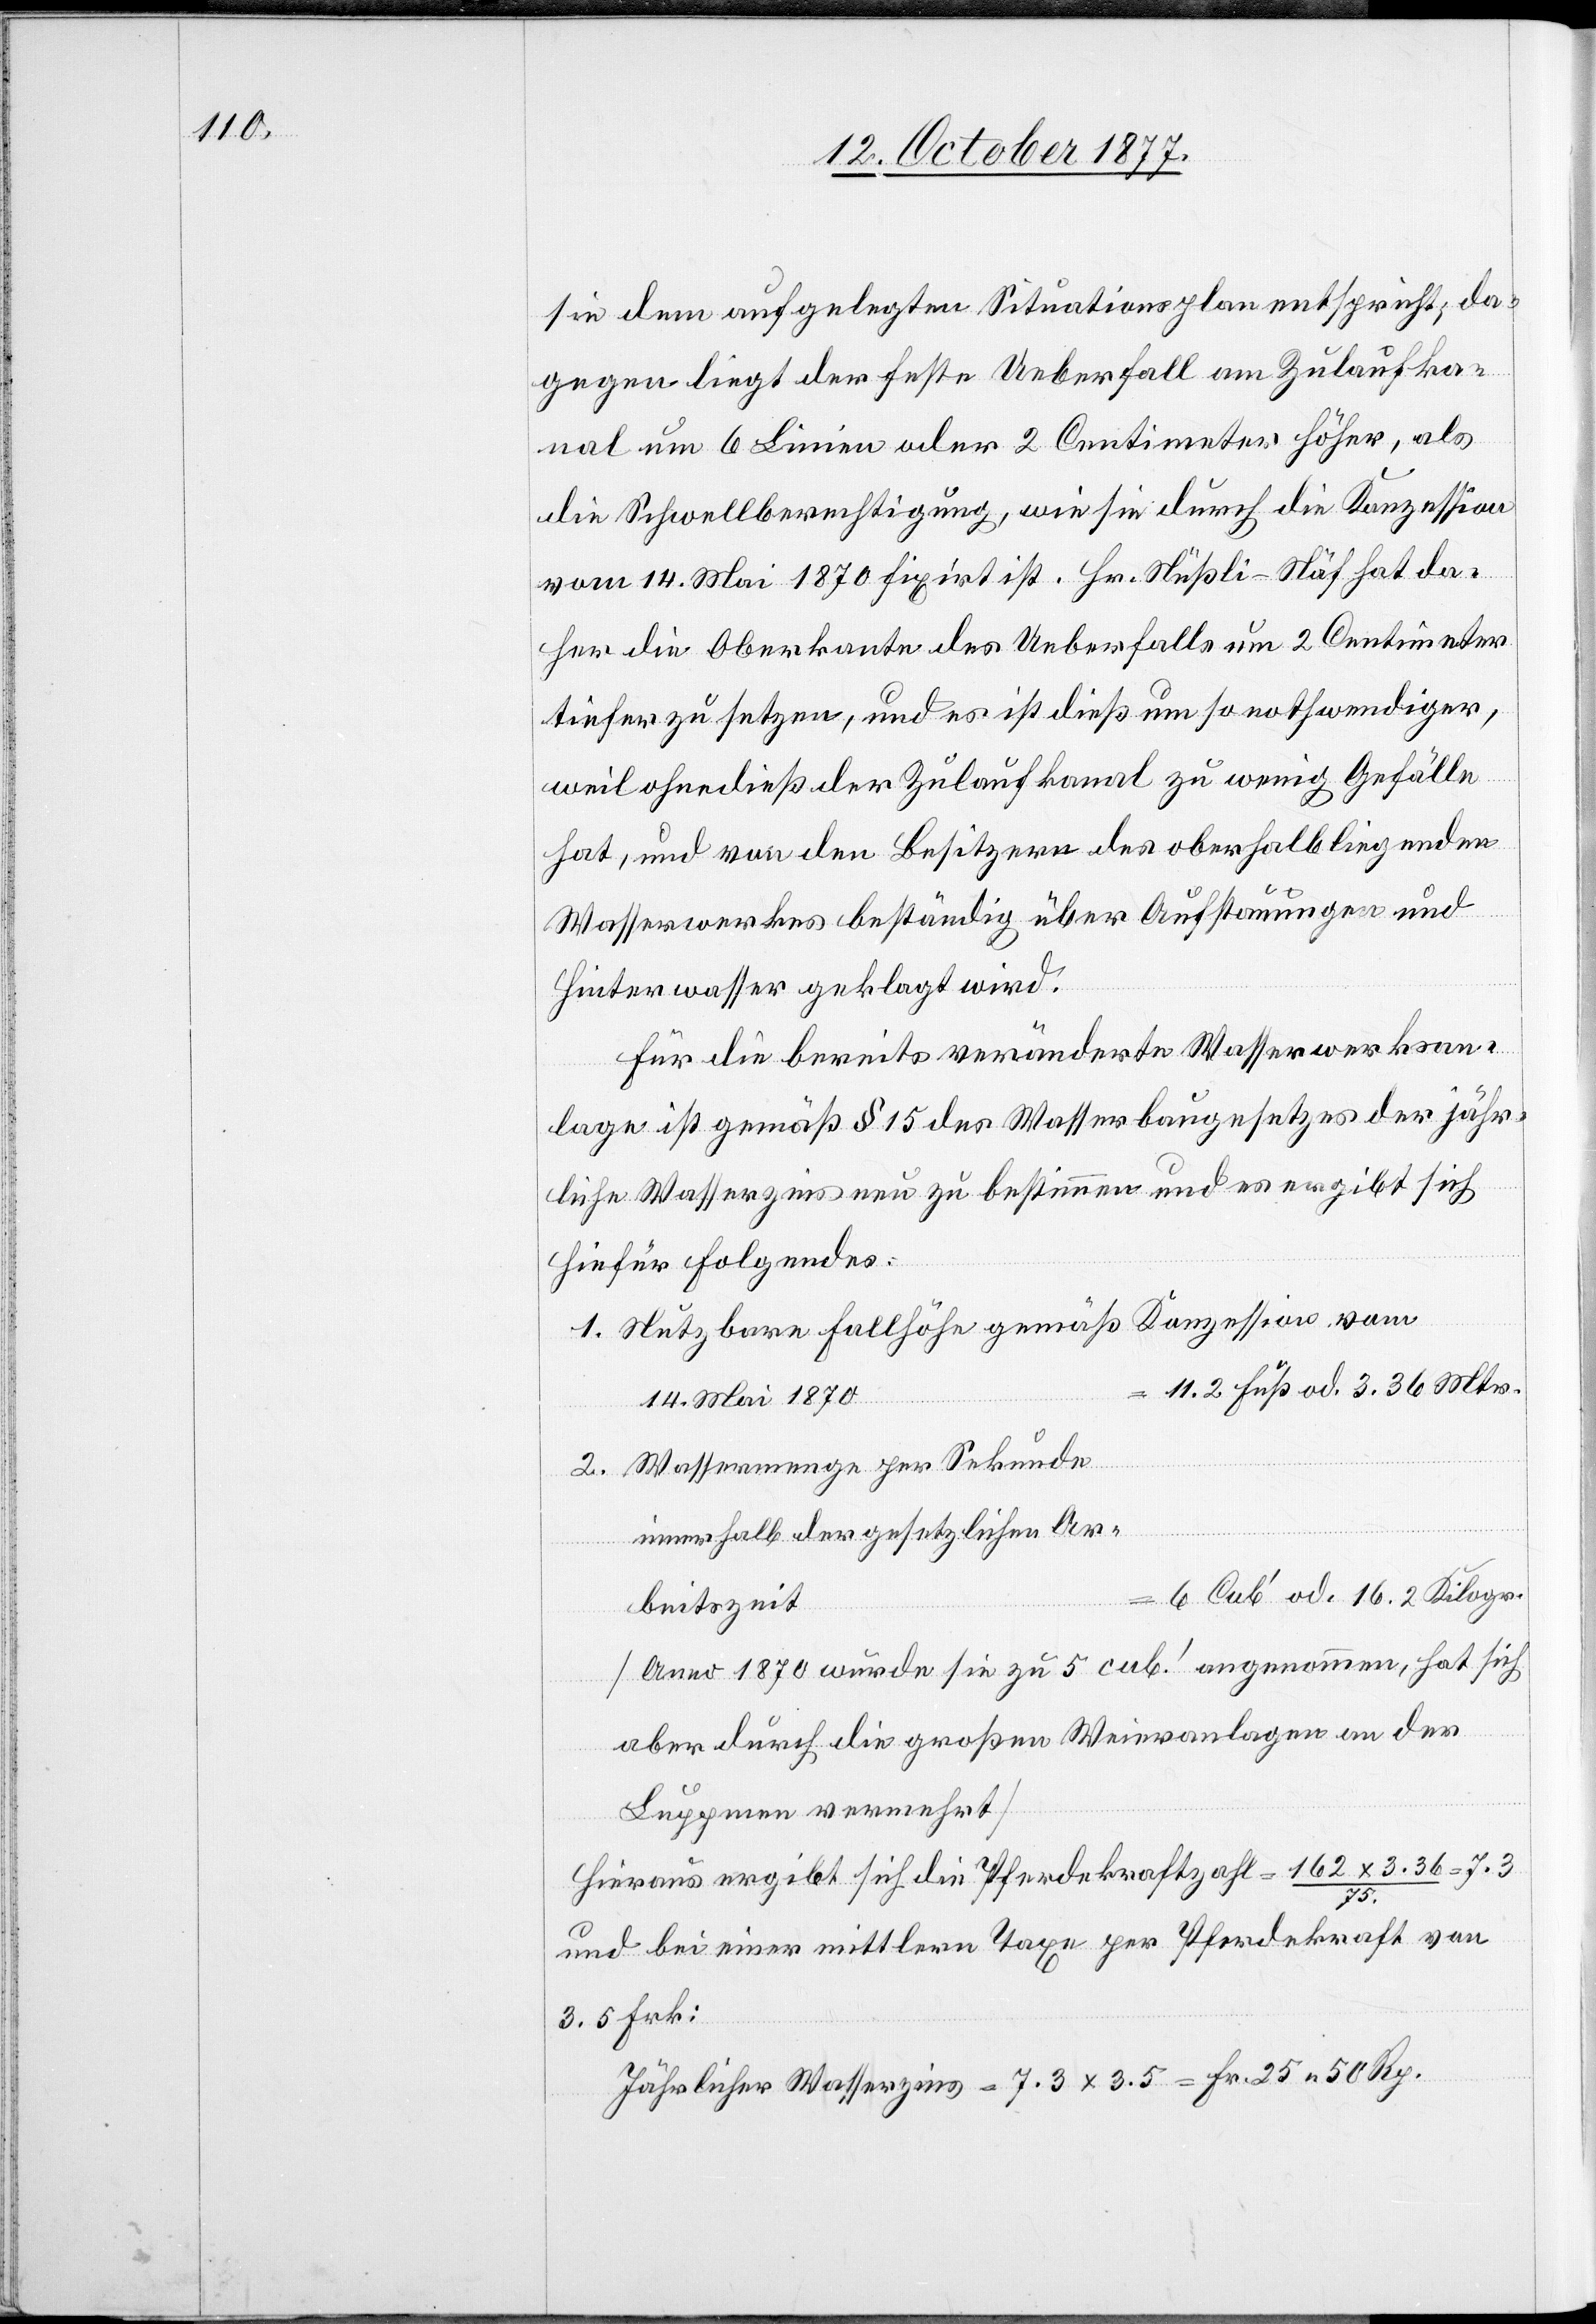
sie dem aufgelegten Situationsplan entspricht; da¬
gegen liegt der feste Ueberfall am Zulaufka¬
nal um 6 Linien oder 2 Centimeter höher, als
die Schwellberechtigung, wie sie durch die Konzession
vom 14. Mai 1870 fixirt ist. Hr. Nüßli-Näf hat da¬
her die Oberkante des Ueberfalls um 2 Centimeter
tiefer zu setzen, und es ist dieß um so nothwendiger,
2.
weil ohnedieß der Zulaufkanal zu wenig Gefälle
hat, und von den Besitzern des oberhalb liegenden
Wasserwerkes beständig über Aufstauungen und
Hinterwasser geklagt wird.
Für die bereits veränderte Wasserwerksan¬
lage ist gemäß § 15 des Wasserbaugesetzes der jähr¬
liche Wasserzins neu zu bestimmen und es ergibt sich
hiefür Folgendes:
Nutzbare Fallhöhe gemäß Konzession vom
= 11.2 Fuß od. 3.36 Mtr.
14. Mai 1870
Wassermenge per Sekunde
innerhalb der gesetzlichen Ar¬
6 Cub‘ od. 16.2 Kilogr.
beitszeit
[Anno 1870 wurde sie zu 5 cub.‘ angenommen, hat sich
aber durch die großen Weieranlagen an der
Luppmen vermehrt]
Hieraus ergibt sich die Pferdekraftzahl = 162 x 3.36 / 75.
7.3
und bei einer mittlern Taxe per Pferdekraft von
3.5 Frk:
Jährlicher Wasserzins = 7.3 x 3.5 = Fr. 25 50 Rp.